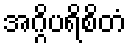
အဂ္ဂိပရိစိတံ